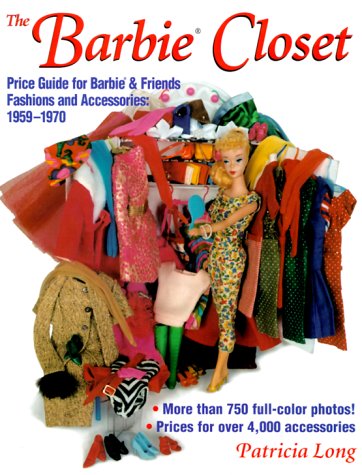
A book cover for The Barbie Closet: Price Guide for Barbie & Friends Fashions and Accessories, 1959-1970; Patricia Long; Humor & Entertainment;